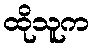
ထိုသူက